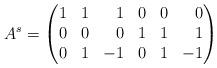
LaTeX: \begin{align*}A^s = \left(\begin{matrix}1 & 1 & \phantom{-}1 & 0 & 0 & \phantom{-}0 \\ 0 & 0 & \phantom{-}0 & 1 & 1 & \phantom{-}1\\ 0 & 1 & -1 & 0 & 1 & -1 \end{matrix} \right)\end{align*}